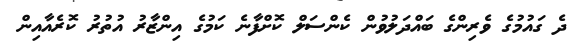
ދެ ގައުމުގެ ވެރިންގެ ބައްދަލުވުން ކެންސަލް ކޮށްފާނެ ކަމުގެ އިންޒާރު އުތުރު ކޮރެއާއިން